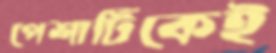
পেশাটিকেই